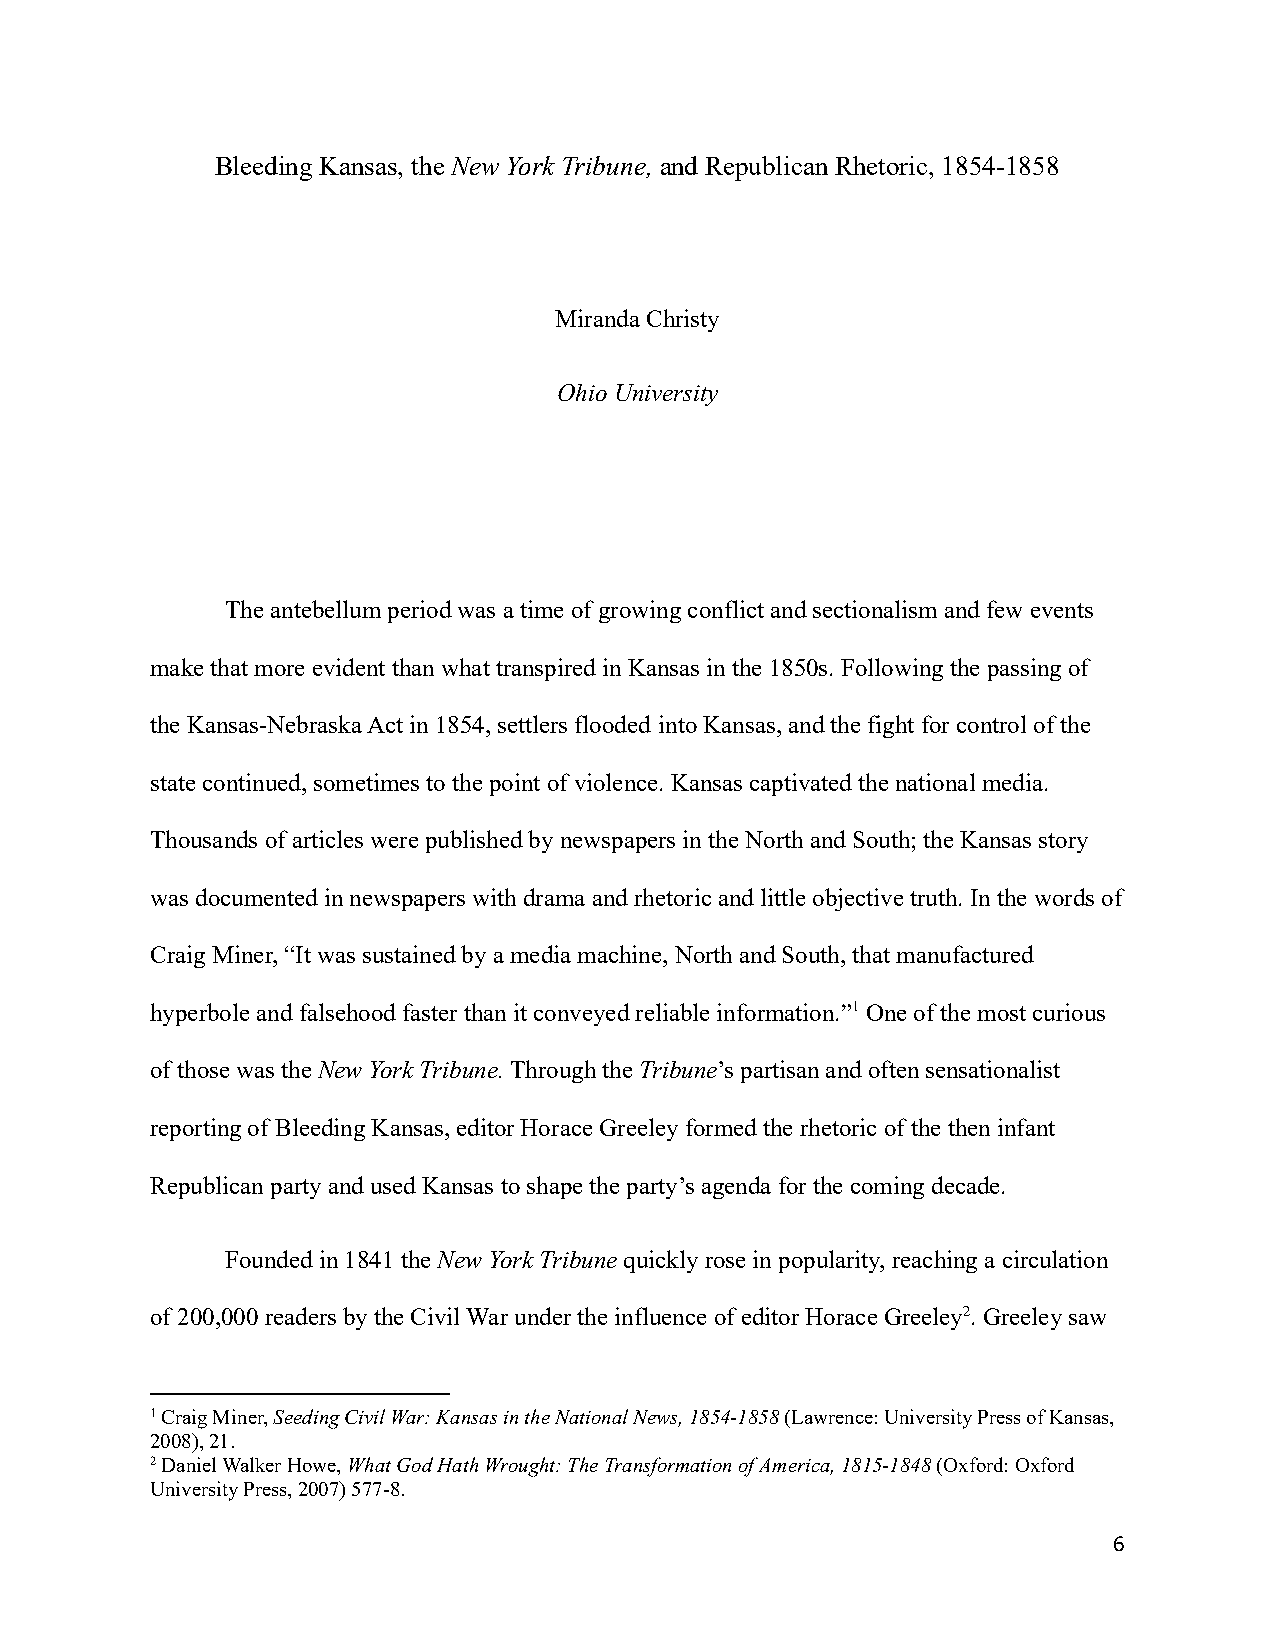
Bleeding Kansas, the New York Tribune, and Republican Rhetoric, 1854-1858
 Miranda Christy
 Ohio University
 The antebellum period was a time of growing conflictand sectionalism and few events
 make that more evident than what transpired in Kansasin the 1850s. Following the passing of
 the Kansas-Nebraska Act in 1854, settlers flooded into Kansas, and the fight for control of the
 state continued, sometimes to the point of violence.Kansas captivated the national media.
 Thousands of articles were published by newspapersin the North and South; the Kansas story
 was documented in newspapers with drama and rhetoricand little objective truth. In the words of
 Craig Miner, “It was sustained by a media machine,North and South, that manufactured
 hyperbole and falsehood faster than it conveyed reliableinformation.”1One of the most curious
 of those was theNew York Tribune.Through theTribune’s partisan and often sensationalist
 reporting of Bleeding Kansas, editor Horace Greeleyformed the rhetoric of the then infant
 Republican party and used Kansas to shape the party’s agenda for the coming decade.
 Founded in 1841 theNew York Tribunequickly rosein popularity, reaching a circulation
 of 200,000 readers by the Civil War under the influence of editor Horace Greeley2. Greeley saw
 1Craig Miner,Seeding Civil War: Kansas in the NationalNews, 1854-1858(Lawrence: University Press of Kansas,
 2008), 21.
 2Daniel Walker Howe,What God Hath Wrought: The Transformationof America, 1815-1848(Oxford: Oxford
 University Press, 2007) 577-8.
 6